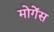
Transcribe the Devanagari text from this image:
मोगेंस